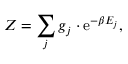
Z = \sum _ { j } g _ { j } \cdot \mathrm { e } ^ { - \beta E _ { j } } ,